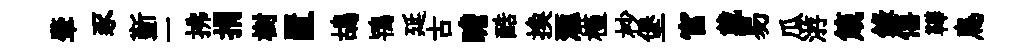
肇豕斳二拂捐樹置鴣鴇延古瞻酷换滙槿杪堡官戴易瓜㳺箴錄僖鞾鳥